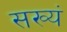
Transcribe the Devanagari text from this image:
सख्यं